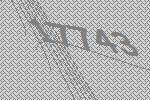
17743